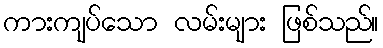
ကားကျပ်သော လမ်းများ ဖြစ်သည်။